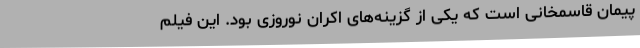
پیمان قاسمخانی است که یکی از گزینه‌های اکران نوروزی بود. این فیلم